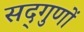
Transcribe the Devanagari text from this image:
सद्‌गुणों